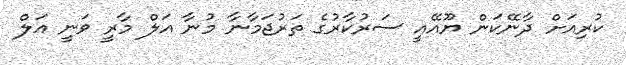
ކުރިއަށް ދާނޭކަން ޔޫއޭއީ ސަރުކާރުގެ ތަރުޖަމާނާ މުނާ އަލް މާރީ ވަނީ އަލް